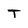
Character: T